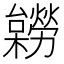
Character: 𣟽